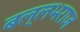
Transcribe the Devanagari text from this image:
बल्लभराज